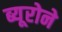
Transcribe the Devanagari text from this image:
ब्यूरोने